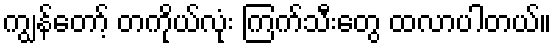
ကျွန်တော့် တကိုယ်လုံး ကြက်သီးတွေ ထလာပါတယ်။